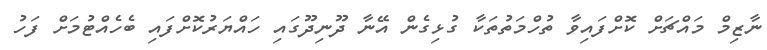
ނާޒިމް މައްޗަށް ކޮށްފައިވާ ތުހްމަތުތަކާ ގުޅިގެން އޭނާ ދޫނިދޫގައި ހައްޔަރުކޮށްފައި ބެހެއްޓުމަށް ފަހު